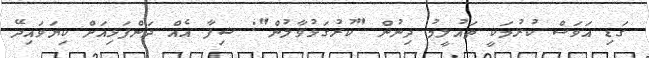
ގަޑި އަވަސް ކުރުމަކީ ތައުލީމު ދިނުން "ކުރުގަޅުވާލުން": ޝިފާ އެއް ދަންފަޅިއަށް ކިޔަވައިދޭ